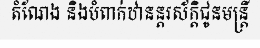
តំណែង និងបំពាក់ឋានន្តរស័ក្តិជូនមន្ត្រី